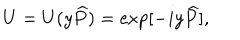
U = U ( y { \widehat { P } } ) = \exp [ - i y { \widehat { P } } ] ,